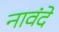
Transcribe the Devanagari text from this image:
नावंदे